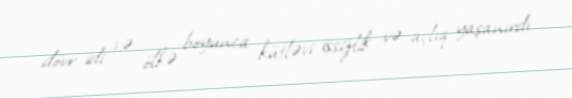
dövr idi və ölkə boyunca kütləvi işsizlik və açlıq yaşanırdı.